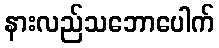
နားလည်သဘောပေါက်